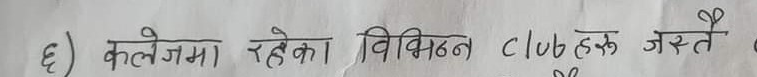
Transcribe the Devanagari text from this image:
६) कलेजमा रहेका विभिन्न Club हरू जस्तै